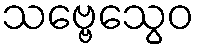
သဗ္ဗေသွေဝ